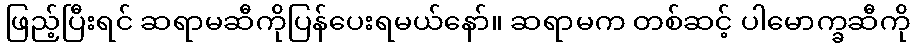
ဖြည့်ပြီးရင် ဆရာမဆီကိုပြန်ပေးရမယ်နော်။ ဆရာမက တစ်ဆင့် ပါမောက္ခဆီကို